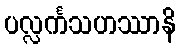
ပလ္လင်္ကသဟဿာနိ